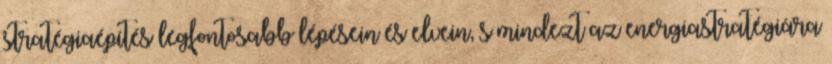
stratégiaépítés legfontosabb lépésein és elvein, s mindezt az energiastratégiára